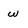
Character: w